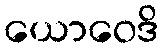
ယောဝေဒိ